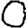
Digit: 0